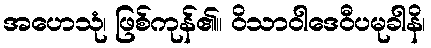
အဟေသုံ၊ ဖြစ်ကုန်၏။ ဝိသာဝါဒေဝီပမုခါနိ၊